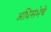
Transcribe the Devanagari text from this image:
अधिसभेचे